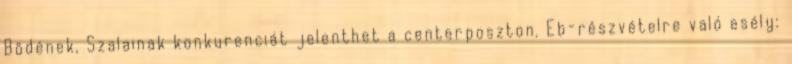
Bödének, Szalainak konkurenciát jelenthet a centerposzton. Eb-részvételre való esély: